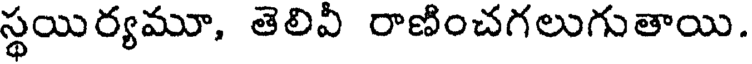
స్థయిర్యమూ, తెలివీ రాణించగలుగుతాయి.